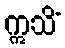
ဣသိံ